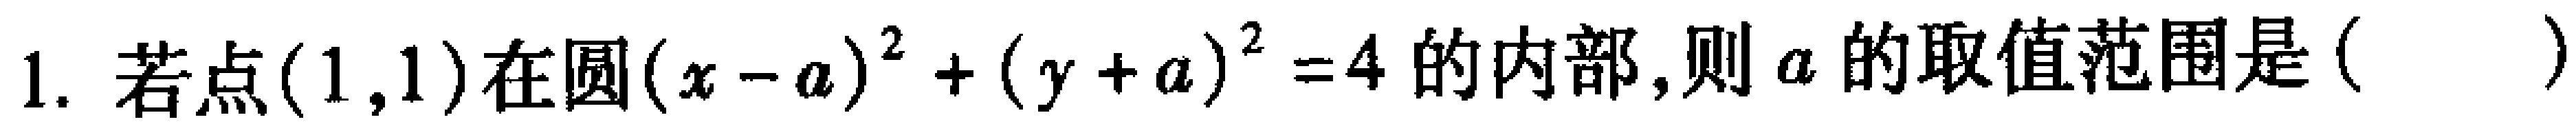
1. 若点$(1,1)$在圆$(x - a)^{2}+(y + a)^{2}=4$的内部,则$a$的取值范围是（  ）